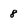
Character: 8